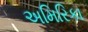
અમિરિકા